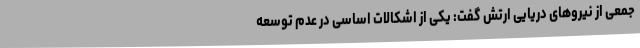
جمعی از نیروهای دریایی ارتش گفت: یکی از اشکالات اساسی در عدم توسعه